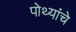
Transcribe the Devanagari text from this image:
पोथ्यांचे